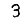
Digit: 3